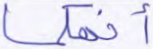
أنهكما